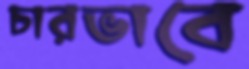
চারভাবে